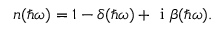
n ( \hbar \omega ) = 1 - \delta ( \hbar \omega ) + \textrm { i } \beta ( \hbar \omega ) .